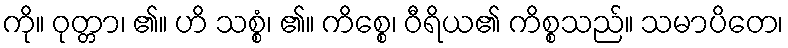
ကို။ ဝုတ္တာ၊ ၏။ ဟိ သစ္စံ၊ ၏။ ကိစ္စေ၊ ဝီရိယ၏ ကိစ္စသည်။ သမာပိတေ၊